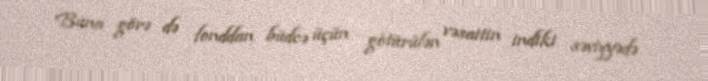
Buna görə də fonddan büdcə üçün götürülən vəsaitin indiki səviyyədə